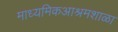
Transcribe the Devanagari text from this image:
माध्यमिकआश्रमशाळा